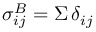
\sigma _ { i j } ^ { B } = \Sigma \, \delta _ { i j }